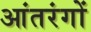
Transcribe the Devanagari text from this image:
आंतरंगों